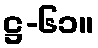
ဋ္ဌ-၆၁။